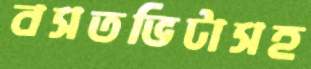
বসতভিটাসহ